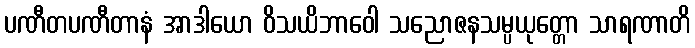
ပဏီတပဏီတာနံ အာဒါယော ဝိသယိဘာဝေါ သညောဇနသမ္ပယုတ္တော သာရဏာတိ